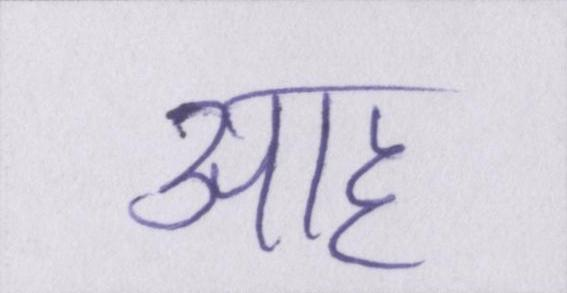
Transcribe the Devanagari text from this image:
आह